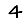
Digit: 4